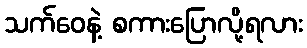
သက်ဝေနဲ့ စကားပြောလို့ရလား